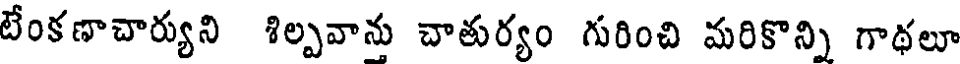
టేంకణాచార్యుని శిల్పవాను చాతుర్యం గురించి మరికొన్ని గాథలూ